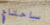
ساحتاج